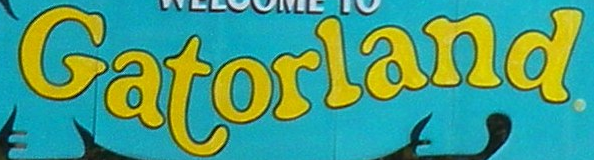
Catorland